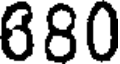
880